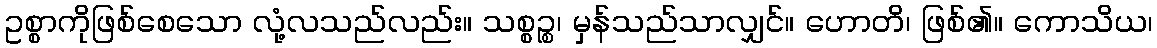
ဥစ္စာကိုဖြစ်စေသော လုံ့လသည်လည်း။ သစ္စဉ္စ၊ မှန်သည်သာလျှင်။ ဟောတိ၊ ဖြစ်၏။ ကောသိယ၊